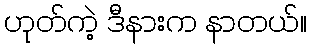
ဟုတ်ကဲ့ ဒီနားက နာတယ်။